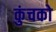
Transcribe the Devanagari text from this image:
कुंचको